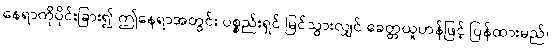
နေရာကိုပိုင်းခြား၍ ဤနေရာအတွင်း ပစ္စည်းရှင် မြင်သွားလျှင် ခေတ္တယူဟန်ဖြင့် ပြန်ထားမည်၊